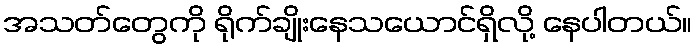
အသတ်တွေကို ရိုက်ချိုးနေသယောင်ရှိလို့ နေပါတယ်။